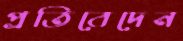
প্রতিবেদেন